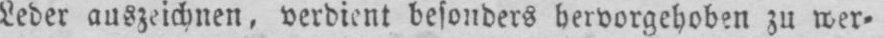
Leder auszeichnen, verdient besonders hervorgehoben zu wer⸗